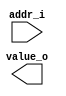
module rom_coef #(
  parameter  Addr = 6,
  parameter Width = 36
) (
  input       [Addr-1:0] addr_i,
  output reg [Width-1:0] value_o
);
	
	always@(i_i)
		case(i_i)			
			 0: an_o = 36'b111111111010111111101110100001000001; //   -0.00977396208327263593673706054687500 
			 1: an_o = 36'b111111111001010011101001101011011010; //   -0.01307216729037463665008544921875000 
			 2: an_o = 36'b111111110101111001101101000010111100; //   -0.01972339348867535591125488281250000 
			 3: an_o = 36'b111111110011011000011011010001010100; //   -0.02464519953355193138122558593750000 
			 4: an_o = 36'b111111110101101000010110001101000100; //   -0.02025308413431048393249511718750000 
			 5: an_o = 36'b000000000000000000000000000000000000; //    0.00000000000000000000000000000000000 
			 6: an_o = 36'b000000010011011000000101001100111010; //    0.03784427721984684467315673828125000 
			 7: an_o = 36'b000000101101000101110010010100011111; //    0.08806720736902207136154174804687500 
			 8: an_o = 36'b000001000111010100101000011111011101; //    0.13930153439287096261978149414062500 
			 9: an_o = 36'b000001011010111110000110100111010110; //    0.17767649400047957897186279296875000 
			10: an_o = 36'b000001100010010000100011001010010011; //    0.19191129726823419332504272460937500 
			11: an_o = 36'b000001011010111110000110100111010110; //    0.17767649400047957897186279296875000 
			12: an_o = 36'b000001000111010100101000011111011101; //    0.13930153439287096261978149414062500 
			13: an_o = 36'b000000101101000101110010010100011111; //    0.08806720736902207136154174804687500 
			14: an_o = 36'b000000010011011000000101001100111010; //    0.03784427721984684467315673828125000 
			15: an_o = 36'b000000000000000000000000000000000000; //    0.00000000000000000000000000000000000 
			16: an_o = 36'b111111110101101000010110001101000100; //   -0.02025308413431048393249511718750000 
			17: an_o = 36'b111111110011011000011011010001010100; //   -0.02464519953355193138122558593750000 
			18: an_o = 36'b111111110101111001101101000010111100; //   -0.01972339348867535591125488281250000 
			19: an_o = 36'b111111111001010011101001101011011010; //   -0.01307216729037463665008544921875000 
			20: an_o = 36'b111111111010111111101110100001000001; //   -0.00977396208327263593673706054687500 
			default: an_o = 36'b000000000000000000000000000000000000; // 0	 	
			
		endcase
endmodule